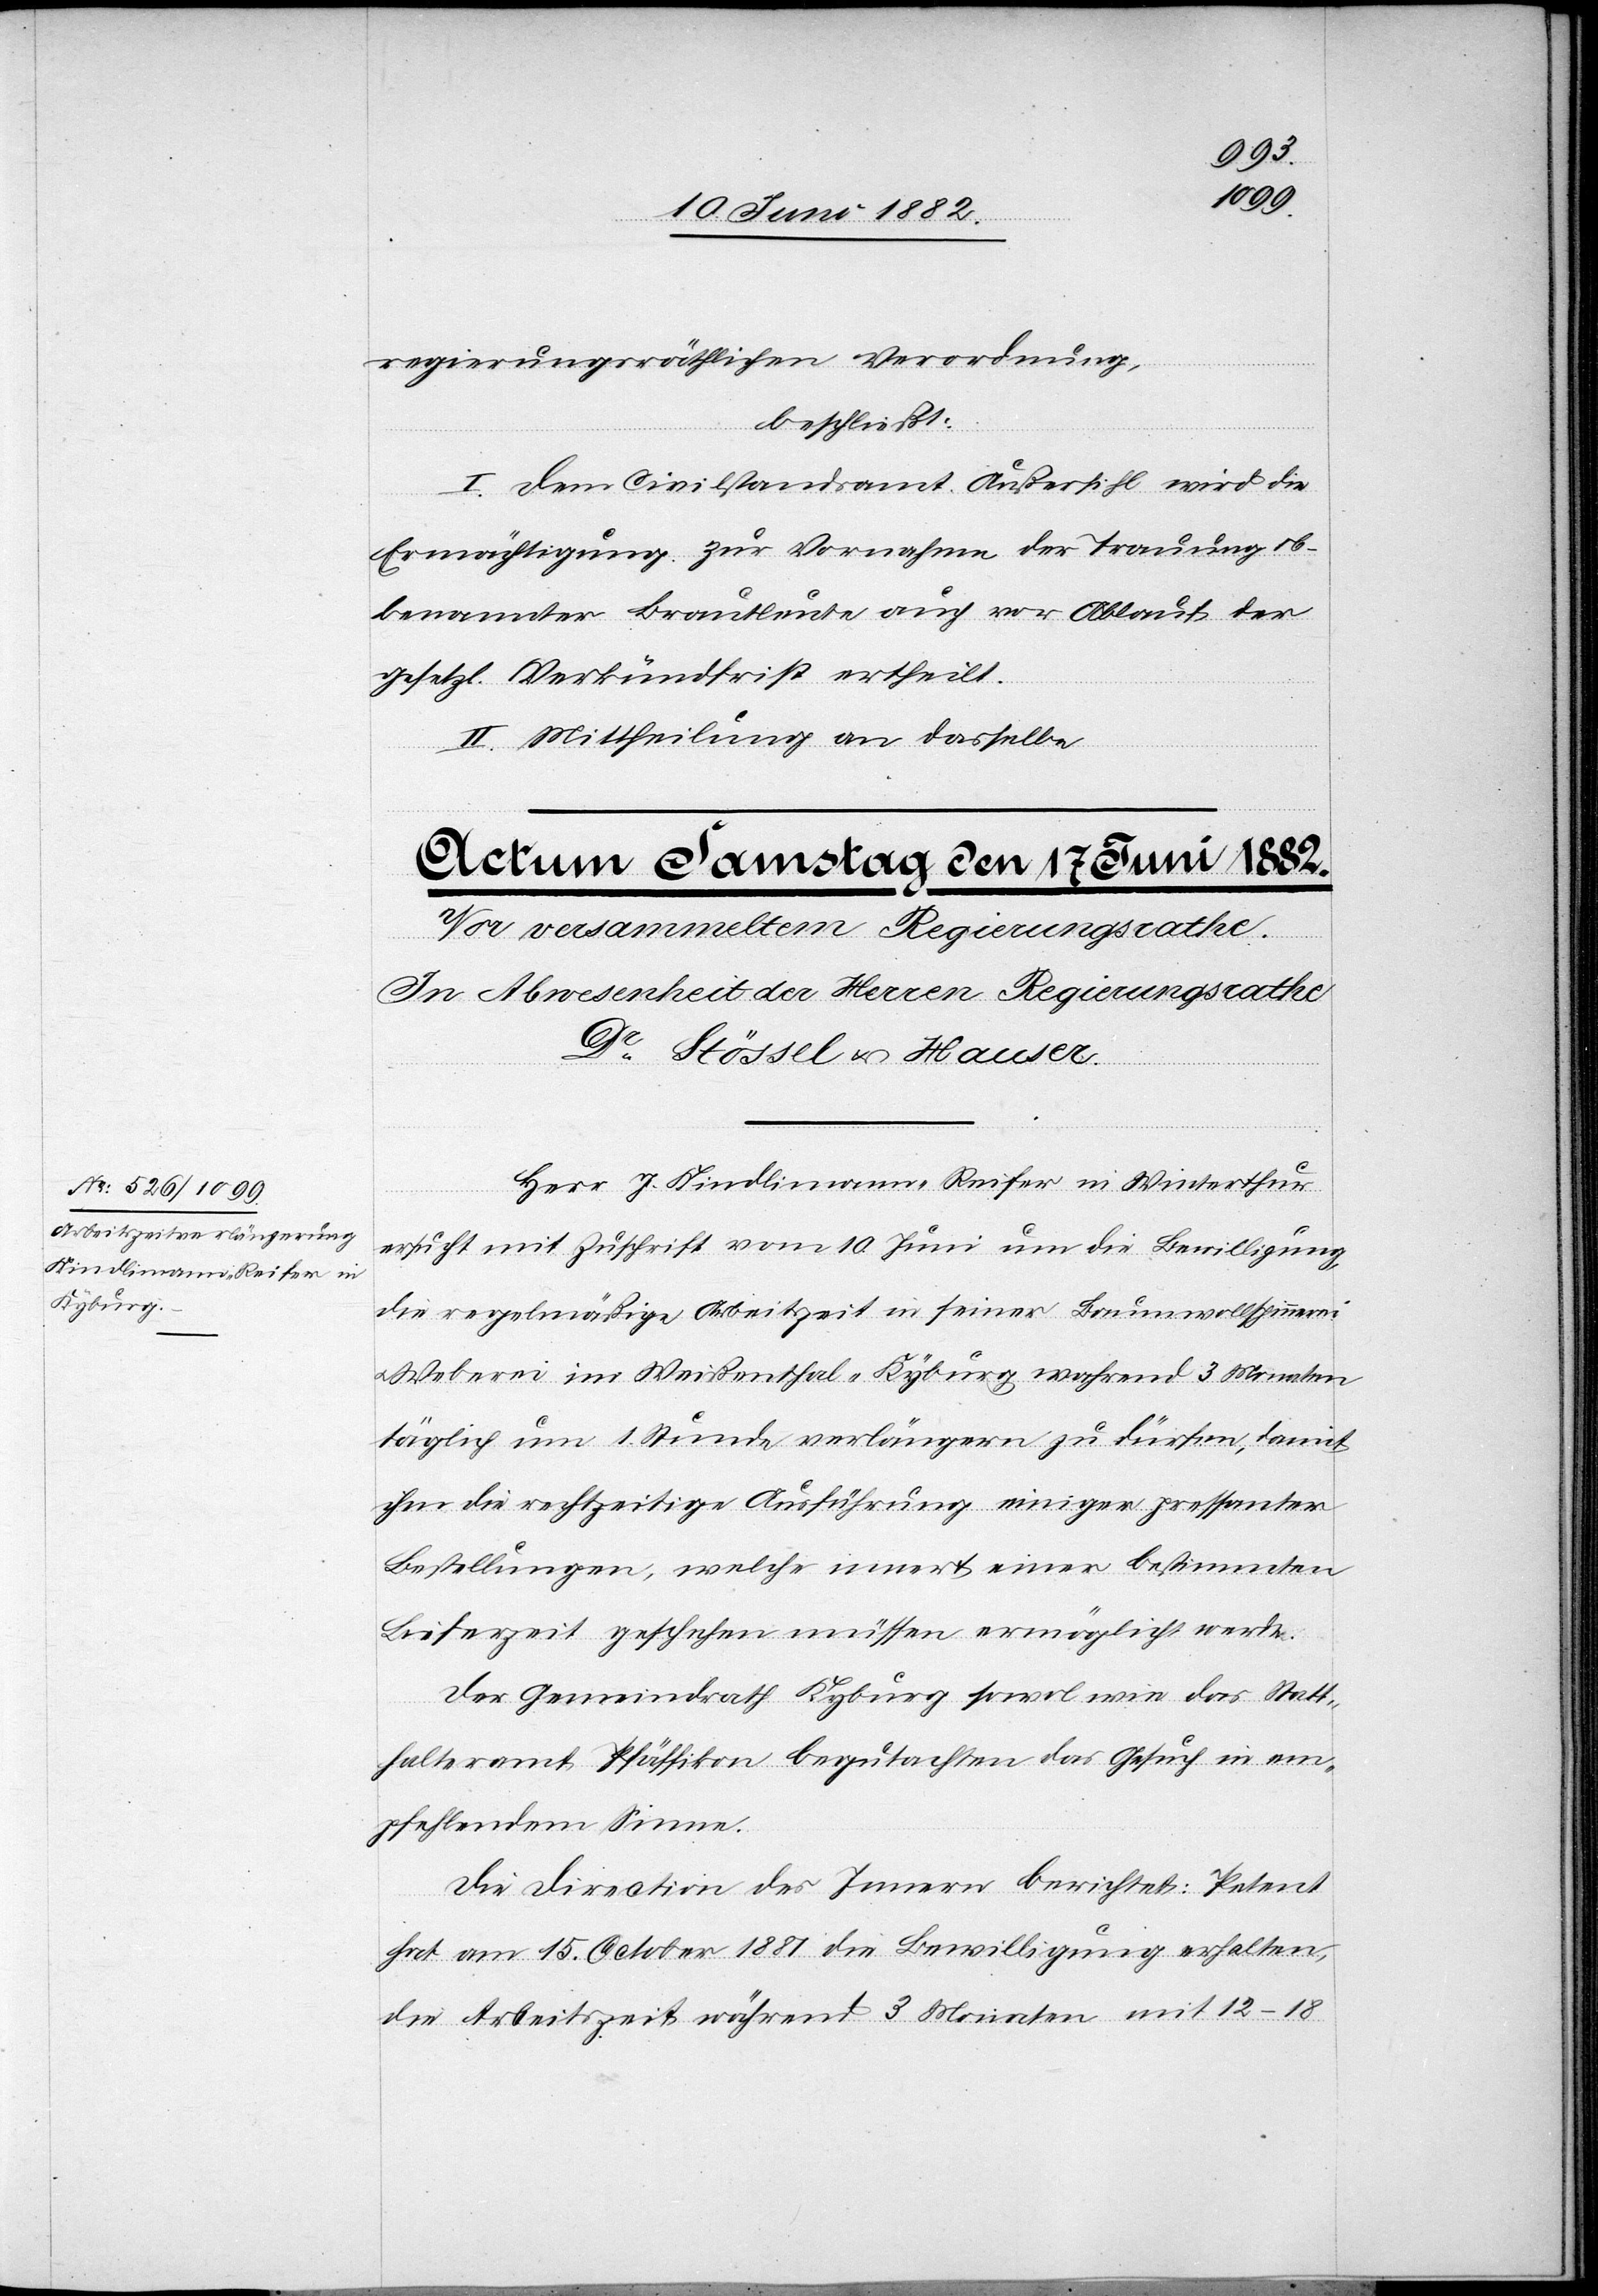
regierungsräthlichen Verordnung,
beschließt:
I. Dem Civilstandsamt Außersihl wird die
Ermächtigung zur Vornahme der Trauung ob¬
benannter Brautleute auch vor Ablauf der
gesetzl. Verkündfrist ertheilt.
II. Mittheilung an dasselbe.
Herr J. Kindlimann-Reifer in Winterthur
ersucht mit Zuschrift vom 10. Juni um die Bewilligung,
die regelmäßige Arbeitszeit in seiner Baumwollspinnerei
u. Weberei im Weißenthal - Kyburg während 3 Monaten
täglich um 1 Stunde verlängern zu dürfen, damit
ihm die rechtzeitige Ausführung einiger pressanter
Bestellungen, welche innert einer bestimmten
Lieferzeit geschehen müssen, ermöglicht werde.
Der Gemeindrath Kyburg sowol wie das Statt¬
halteramt Pfäffikon begutachten das Gesuch in em¬
pfehlendem Sinne.
Die Direction des Innern berichtet: Petent
hat am 15. October 1881 die Bewilligung erhalten,
die Arbeitszeit während 3 Monaten mit 12–18